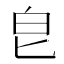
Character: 皀